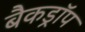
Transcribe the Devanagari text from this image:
बैकड्राॅप